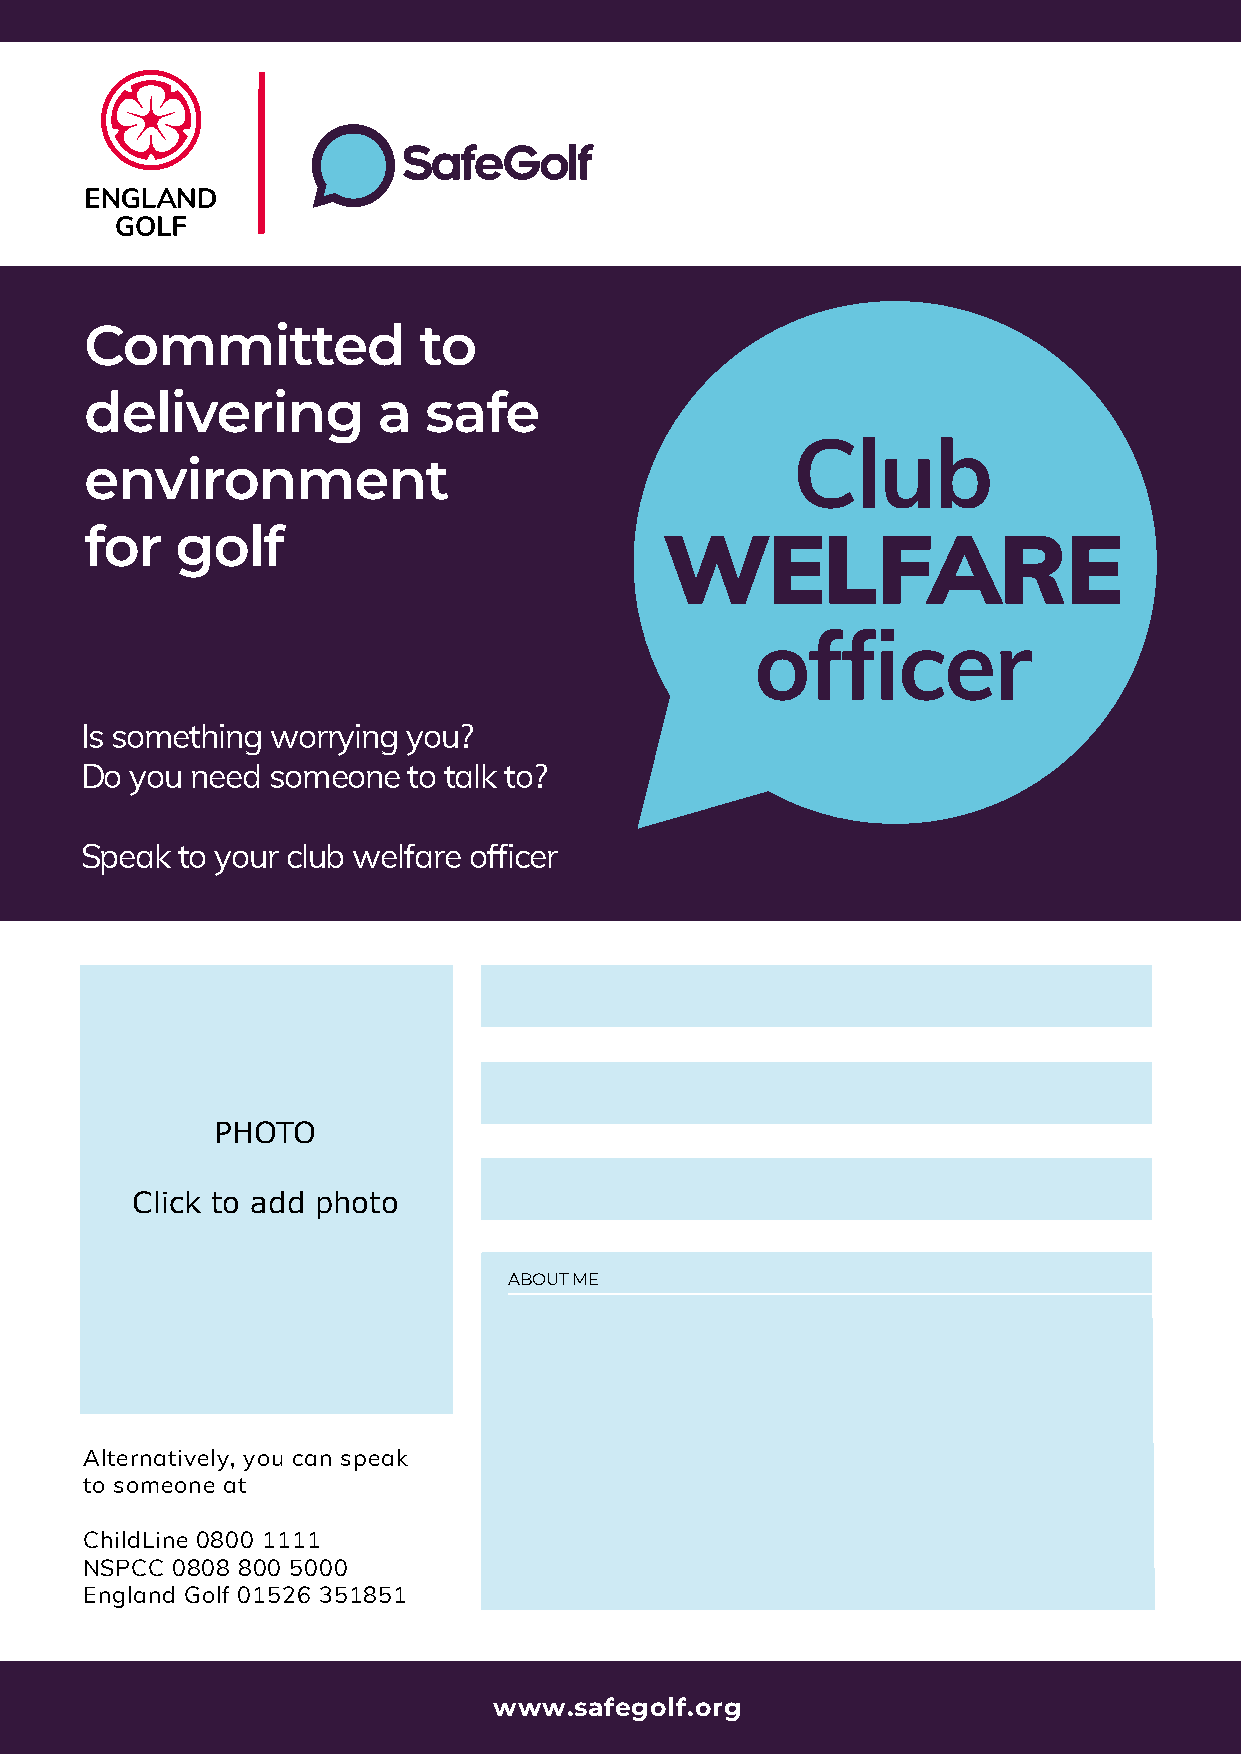
Committed             to
 delivering         a  safe
 Club
 environment
 for   golf
 WELFARE
 officer
 Is something worrying you?
 Do  you need someone  to talk to?
 Speak  to your club welfare officer
 PHOTO
 Click to add photo
 ABOUT ME
 Alternatively, you can speak
 to someone at
 ChildLine 0800 1111
 NSPCC 0808 800 5000
 England Golf 01526 351851
 www.safegolf.org